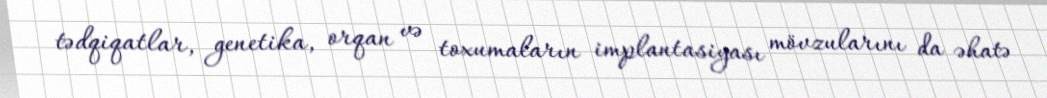
tədqiqatlar, genetika, orqan və toxumaların implantasiyası mövzularını da əhatə